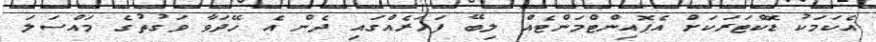
އެކަމަކު ޑޮކްޓަރަކަށް އެޕޮއިންޓްމަންޓެއް ލިބޭ ފަހަރެއްގައި ދެން އެ ހޭދަވާ ވަގުތުގެ މައްސަލަ